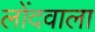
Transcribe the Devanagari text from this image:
लोंदवाला